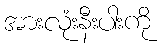
အားလုံးနီးပါးကို